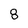
Character: 8